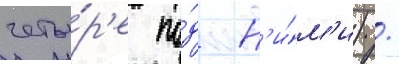
четы́р'е по́д н'и́м'и) /